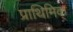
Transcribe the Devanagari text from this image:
प्राथिमिक्